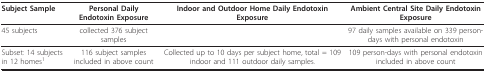
<table><thead><tr><td><b>Subject Sample</b></td><td><b>Personal Daily Endotoxin Exposure</b></td><td><b>Indoor and Outdoor Home Daily Endotoxin Exposure</b></td><td><b>Ambient Central Site Daily Endotoxin Exposure</b></td></tr></thead><tbody><tr><td>45 subjects</td><td>collected 376 subject samples</td><td></td><td>97 daily samples available on 339 person-days with personal endotoxin</td></tr><tr><td>Subset: 14 subjects in 12 homes<sup>1</sup></td><td>116 subject samples included in above count</td><td>Collected up to 10 days per subject home, total = 109 indoor and 111 outdoor daily samples.</td><td>109 person-days with personal endotoxin included in above count</td></tr></tbody></table>